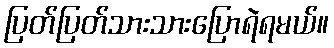
ပြတ်ပြတ်သားသားပြောရဲရမယ်။